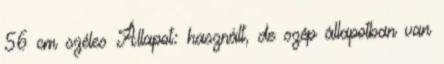
56 cm széles Állapot: használt, de szép állapotban van